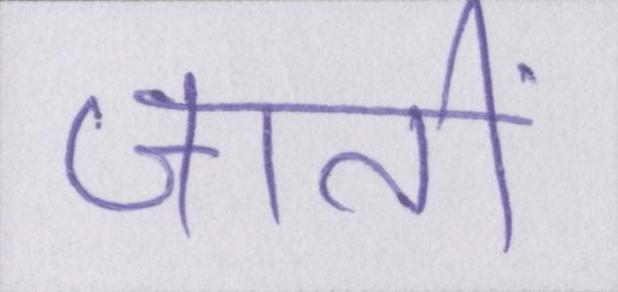
जातीं